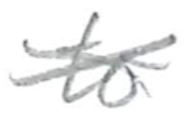
Text: to
Cross-out: cross
Writing tool: pencil